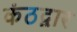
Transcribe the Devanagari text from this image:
कंठद्वार